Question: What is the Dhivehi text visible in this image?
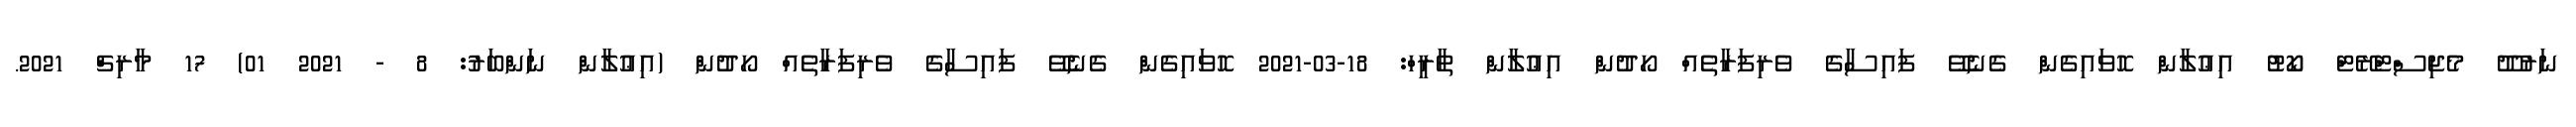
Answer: ނަރުދޫ މެޖިސްޓްރޭޓް ކޯޓު އިޢުލާން ހޮވައިގެން ގެނެވޭ ފައިސާގެ ވެރިފަރާތެއް ހޯދުން އިޢުލާން ތާރީހް: 18-03-2021 ހޮވައިގެން ގެނެވޭ ފައިސާގެ ވެރިފަރާތެއް ހޯދުން (އިޢުލާން ނަންބަރު: 8 - 2021 01) 17 މާރިޗް 2021.